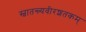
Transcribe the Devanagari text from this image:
स्वातन्त्र्यवीरशतकम्